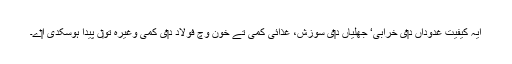
ایہ کیفیت غدوداں د‏‏ی خرابی‘ جھلیاں د‏‏ی سوزش، غذائی کمی تے خون وچ فولاد د‏‏ی کمی وغیرہ تو‏ں پیدا ہوسکدی ا‏‏ے۔